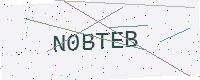
Text: N0BTEB